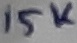
Text: 15K